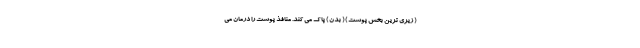
( زیری ترین بخش پوست ) ( بدن ) پاک می کند. منافذ پوست را درمان می